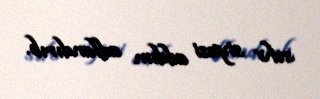
səhv siyasi addım adlandırıb.